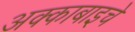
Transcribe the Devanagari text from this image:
अक्काबाइचे